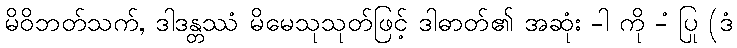
မိဝိဘတ်သက်, ဒါဒန္တဿံ မိမေသုသုတ်ဖြင့် ဒါဓာတ်၏ အဆုံး -ါ ကို -ံ ပြု (ဒံ